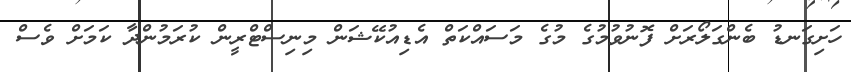
ހަށިގަނޑު ބެންގަލޯރަށް ފޮނުވުމުގެ މުގެ މަސައްކަތް އެޑިއުކޭޝަން މިނިސްޓްރީން ކުރަމުންދާ ކަމަށް ވެސް